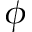
\phi